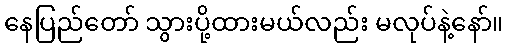
နေပြည်တော် သွားပို့ထားမယ်လည်း မလုပ်နဲ့နော်။